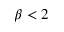
\beta < 2